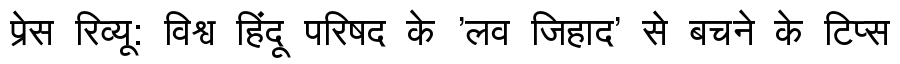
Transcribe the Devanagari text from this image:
प्रेस रिव्यू: विश्व हिंदू परिषद के 'लव जिहाद' से बचने के टिप्स